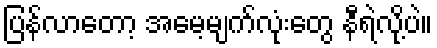
ပြန်လာတော့ အမေ့မျက်လုံးတွေ နီရဲလို့ပဲ။